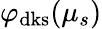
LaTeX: \varphi_{\mathrm{dks}}(\mu_{s})